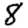
Digit: 8